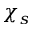
\chi _ { s }